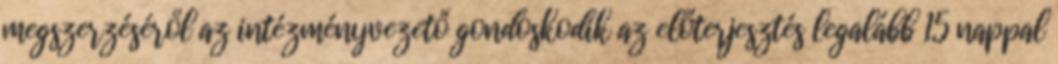
megszerzéséről az intézményvezető gondoskodik az előterjesztés legalább 15 nappal